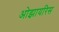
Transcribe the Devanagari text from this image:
ओझायरिस